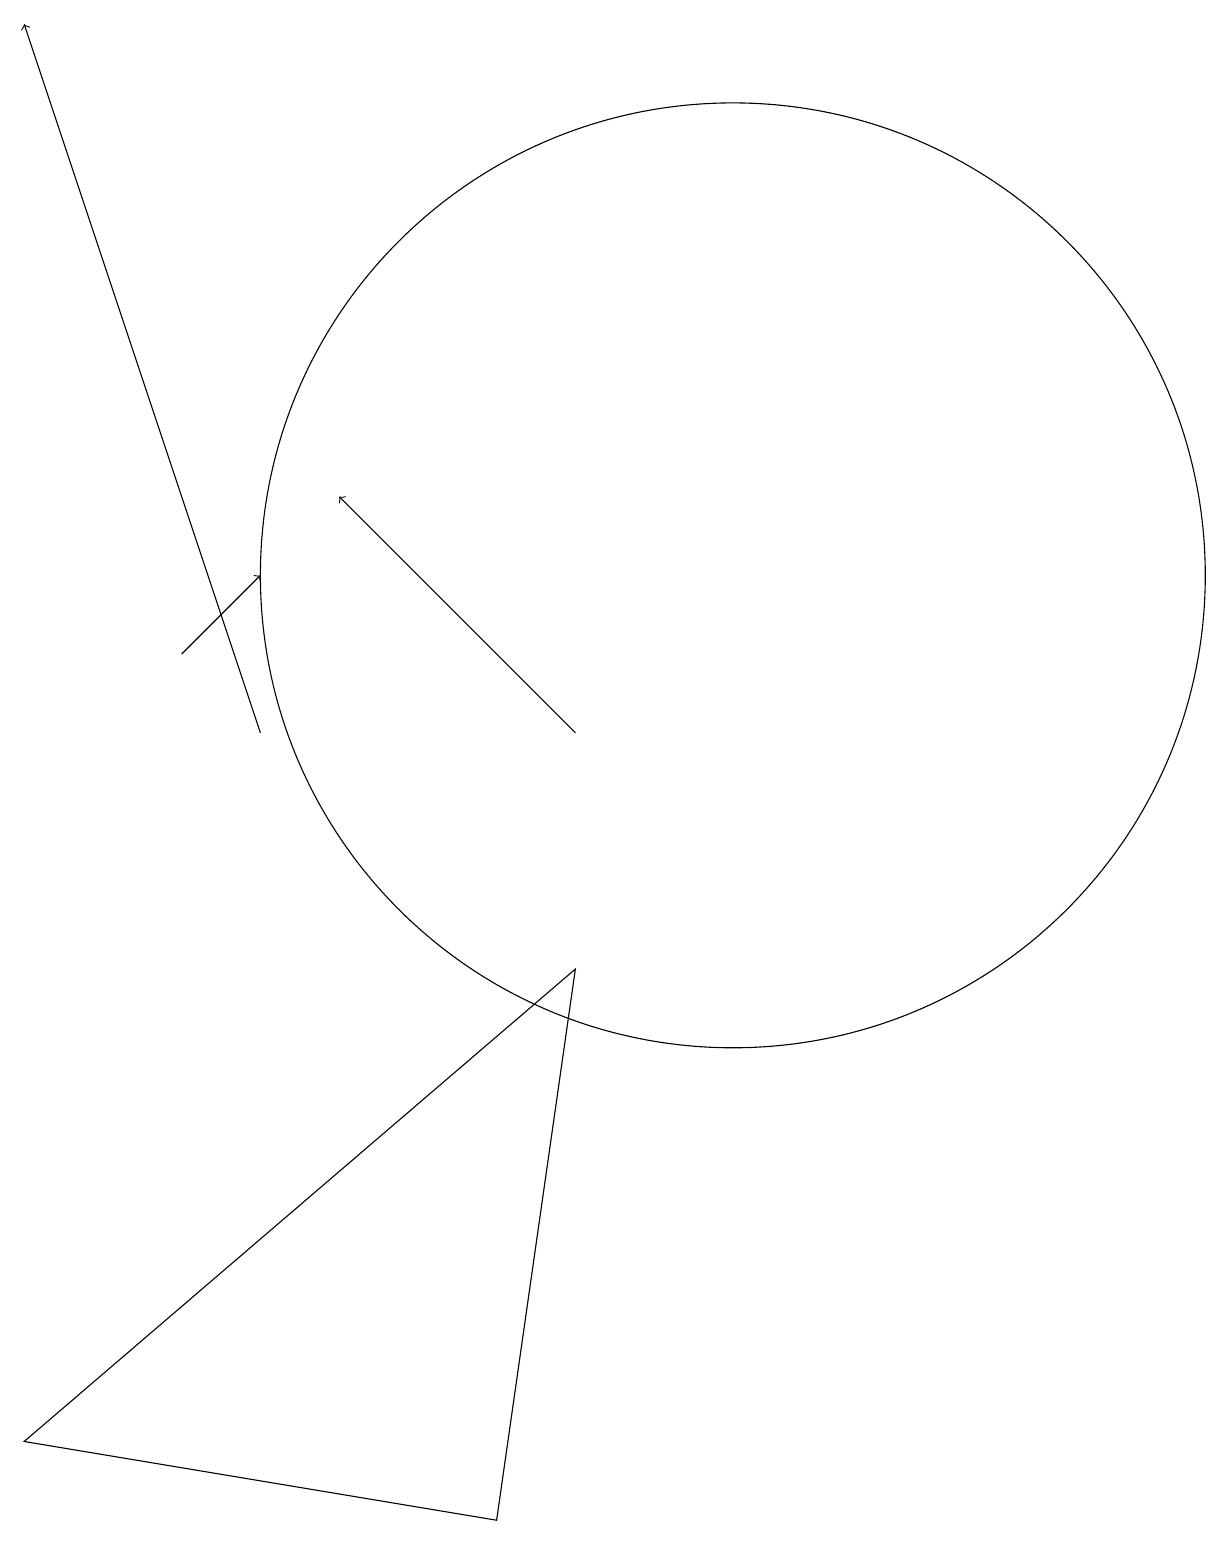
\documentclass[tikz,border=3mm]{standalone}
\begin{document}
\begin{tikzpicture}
\draw (10,12) circle (6);
\draw (8,7) -- (7,0) -- (1,1) -- cycle;
\draw[->] (4,10) -- (1,19);
\draw[->] (3,11) -- (4,12);
\draw (10,10) circle (0);
\draw[->] (8,10) -- (5,13);
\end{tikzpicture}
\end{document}